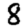
Digit: 8